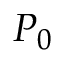
P _ { 0 }